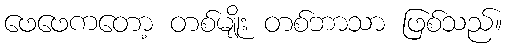
ဖေဖေကတော့ တစ်မျိုး တစ်ဘာသာ ဖြစ်သည်။